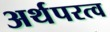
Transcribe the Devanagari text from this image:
अर्थपरत्व